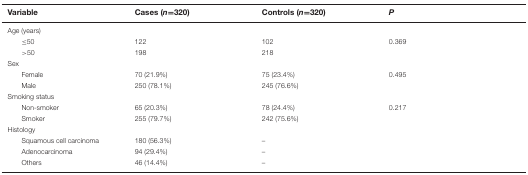
<table><thead><tr><td><b>Variable</b></td><td><b>Cases (<i>n</i>=320)</b></td><td><b>Controls (<i>n</i>=320)</b></td><td><b><i>P</i></b></td></tr></thead><tbody><tr><td>Age (years)</td><td></td><td></td><td></td></tr><tr><td>≤50</td><td>122</td><td>102</td><td>0.369</td></tr><tr><td>&gt;50</td><td>198</td><td>218</td><td></td></tr><tr><td>Sex</td><td></td><td></td><td></td></tr><tr><td>Female</td><td>70 (21.9%)</td><td>75 (23.4%)</td><td>0.495</td></tr><tr><td>Male</td><td>250 (78.1%)</td><td>245 (76.6%)</td><td></td></tr><tr><td>Smoking status</td><td></td><td></td><td></td></tr><tr><td>Non-smoker</td><td>65 (20.3%)</td><td>78 (24.4%)</td><td>0.217</td></tr><tr><td>Smoker</td><td>255 (79.7%)</td><td>242 (75.6%)</td><td></td></tr><tr><td>Histology</td><td></td><td></td><td></td></tr><tr><td>Squamous cell carcinoma</td><td>180 (56.3%)</td><td>–</td><td></td></tr><tr><td>Adenocarcinoma</td><td>94 (29.4%)</td><td>–</td><td></td></tr><tr><td>Others</td><td>46 (14.4%)</td><td>–</td><td></td></tr></tbody></table>